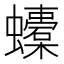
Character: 𧔬